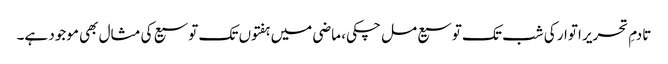
تادمِ تحریر اتوار کی شب تک توسیع مل چکی، ماضی میں ہفتوں تک توسیع کی مثال بھی موجود ہے۔